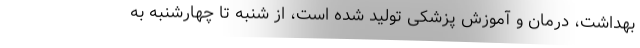
بهداشت، درمان و آموزش پزشکی تولید شده است، از شنبه تا چهارشنبه به